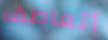
أتعاطف